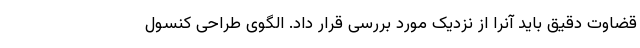
قضاوت دقیق باید آنرا از نزدیک مورد بررسی قرار داد. الگوی طراحی کنسول